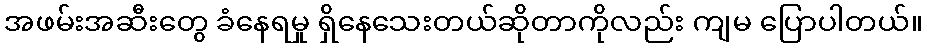
အဖမ်းအဆီးတွေ ခံနေရမှု ရှိနေသေးတယ်ဆိုတာကိုလည်း ကျမ ပြောပါတယ်။